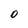
Character: O